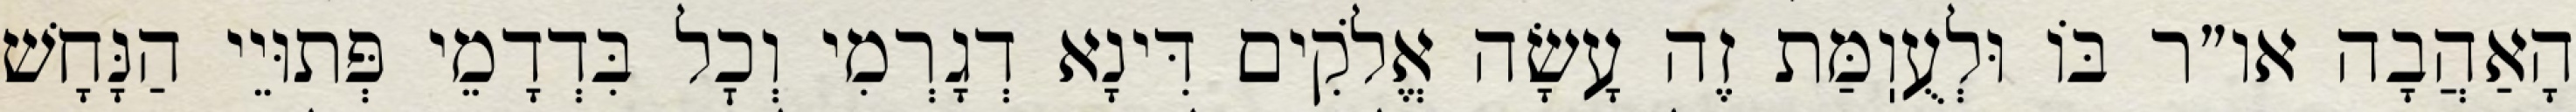
הָאַהֲבָה או״ר בּוֹ וּלְעֻוֽמַּת זֶה עָשָׂה אֱלֹקִים דִּינָא דְגָרְמִי וְכׇל בִּדְדָמֵי פְּתוּיֵי הַנָּחָשׁ